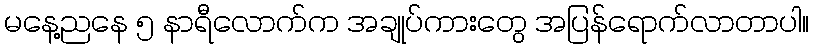
မနေ့ညနေ ၅ နာရီလောက်က အချုပ်ကားတွေ အပြန်ရောက်လာတာပါ။